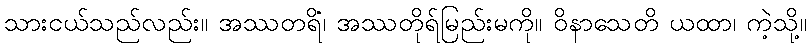
သားငယ်သည်လည်း။ အဿတရိံ၊ အဿတိုရ်မြည်းမကို။ ဝိနာသေတိ ယထာ၊ ကဲ့သို့။